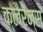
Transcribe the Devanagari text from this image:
क्लैरेन्स